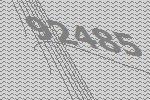
92485